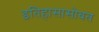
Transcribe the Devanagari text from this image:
इतिहासासोबत